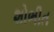
શોભીત